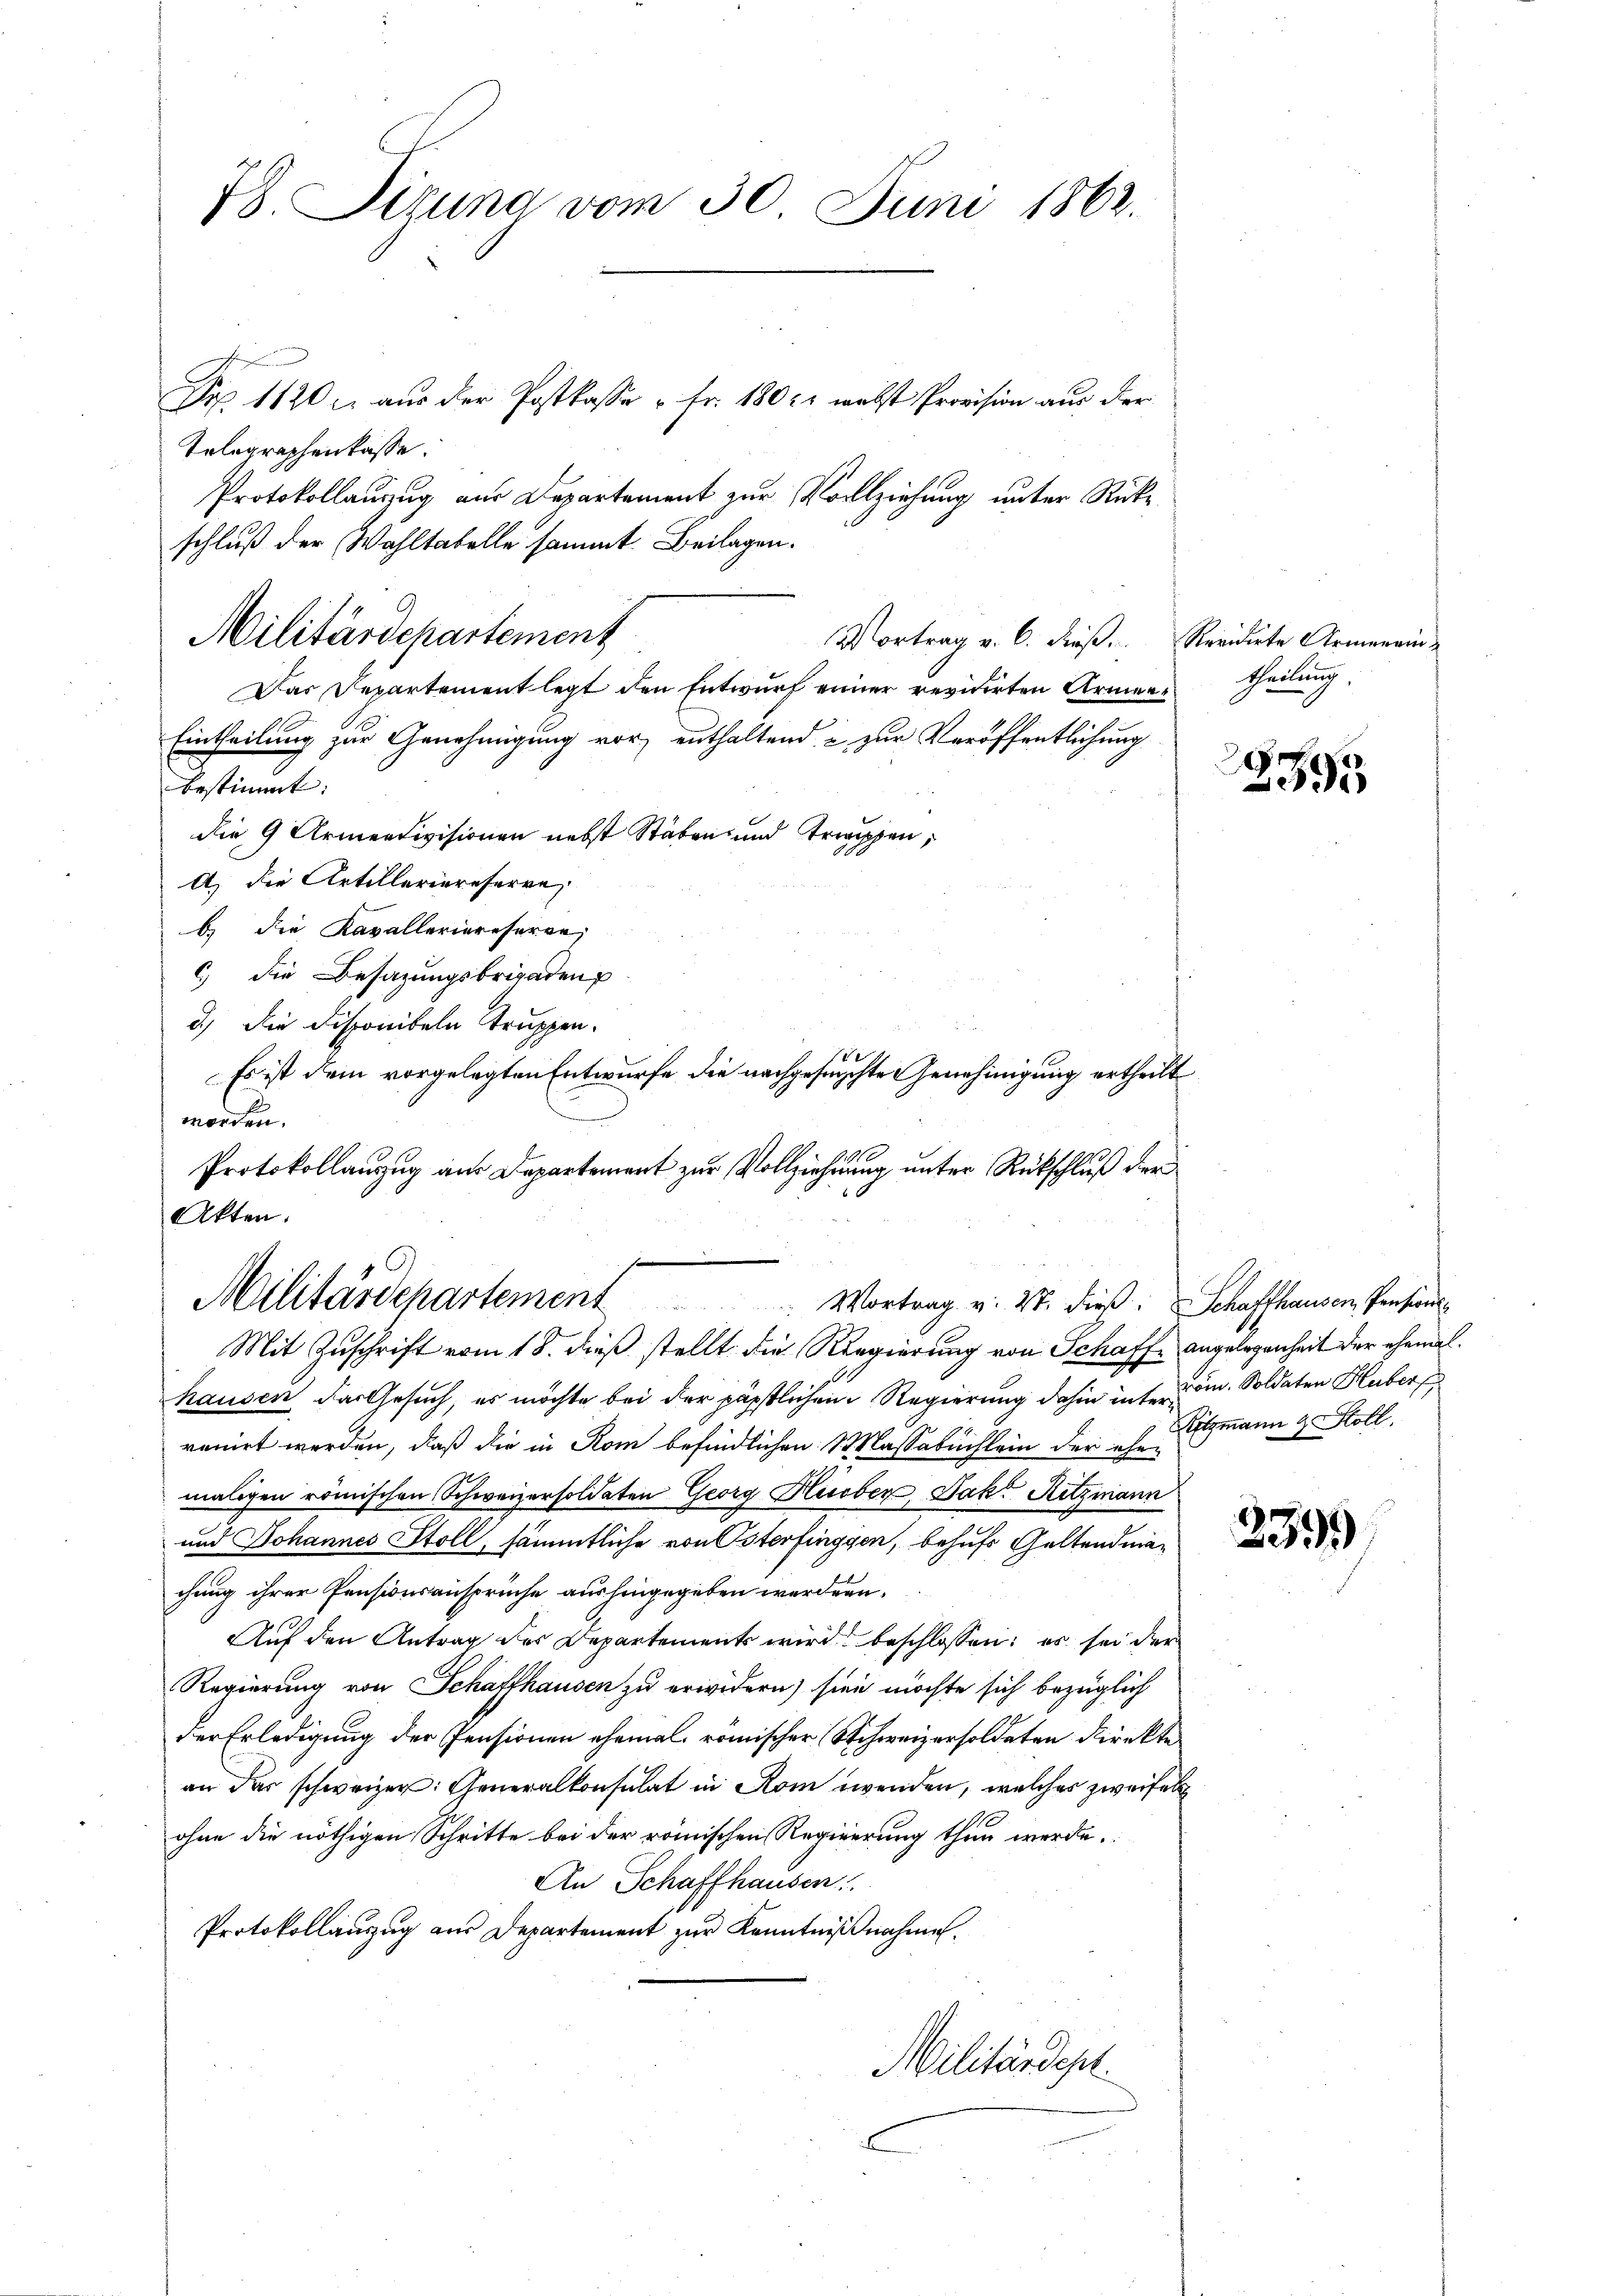
Tolegraphenkasse.
Protokollauzug aus Departement zur Vollziehung unter Rükschluß der Wahltatelle sammt. Beilagen.
Das Departement legt den Entwurf einer revidirten Armen¬
Eintheilung zur Genehmigung vor, enthaltend & zur Veröffentlichung
bestimmt:
die 9 Armendivisionen nebst Stäben und Treppen,
A. die Artilleriereserve
b. die Kavalleriereseren,
c) die Besazungsbrigaden
d.) Die Disponibeln truppen.
Es ist dem vorgelegten Entwurfe die nachgesuchte Genehmigung ertheilt
worden.
Protokollanzug aus Departement zur Vollziehung unter Rückschluß der
Akten.

78. Sizung vom 30. Juni 1862.

Militärdepartement

Prp. 1120 c. aus der Postkasse " fr. 1802. nebst Provision aus der

Vortrag v. 6. dieß. Revidirte Armenein

Militärdepartement
 Vortrag v. 27. dieß: Schaffhausen, Pensions¬
u
Mit Zuschrift vom 18. dieß stellt die Regierung von Schaffe angelegenheit der ehemal¬

hausen das Gesuch, es möchte bei der päpstlichen Regierung dahin inter Com. Soldaten Huber
renirt werden, daß die in Rom befindlichen Massabuchlein der ehemaligen römischen Schweizersoldaten Georg Hueber, Jak. Ritzmann
und Johannes Stoll, sämmtliche von Osterfingen, behufs Geltendmachung ihrer Pensionsansprüche aushingegeben werden.
Auf den Antrag des Departements wird beschlossen: es sei der
Regierung von Schaffhausen zu erwidern) sien möchte sich bezüglich
der Erledigung der Pensionen ehemal römischer Schweizersoldeten direkte
an das schweizer: Generalkonsulat in Rom wenden, welches zweifel
ohne die nöthigen Schritte bei der römischen Regierung thun werde.
An Schaffhausen
Protokollauszug aus Departement zur Kenntnißnahme.
Militärdept.

theilung.

2395

Ritzmann & Holl.

2599